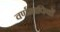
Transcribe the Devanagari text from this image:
वर्णमापियों